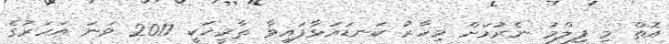
އޮތް މި ފިލްމު ނެރުމަށް މިހާރު ކަނޑައަޅާފައިވާ ތާރީޚަކީ 2017 ވަނަ އަހަރުގެ